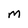
Character: M